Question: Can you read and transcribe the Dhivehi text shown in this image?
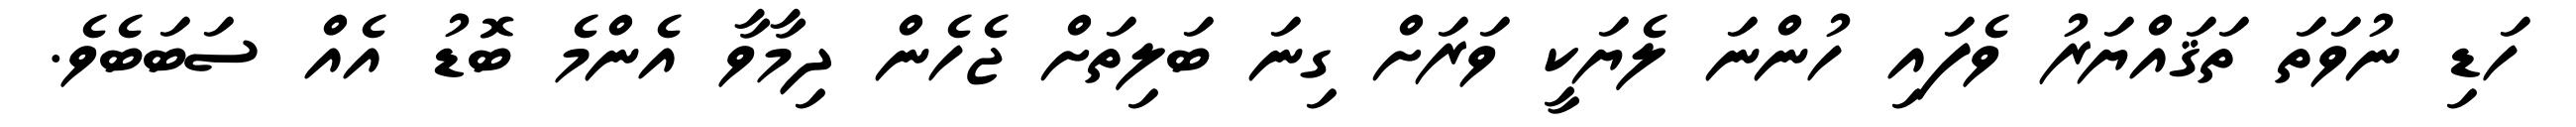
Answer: ހަޑި ނުވަތަ ތަޤައްޔަރު ވެފައި ހުންނަ ލެޔަކީ ވަރަށް ގިނަ ބަލިތަށް ޖެހެން ދިމާވާ އެންމެ ބޮޑު އެއް ސަބަބެވެ.